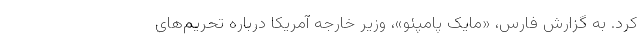
کرد. به گزارش فارس، «مایک پامپئو»، وزیر خارجه آمریکا درباره تحریم‌های